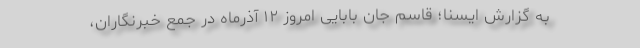
به گزارش ایسنا؛ قاسم جان بابایی امروز ۱۲ آذرماه در جمع خبرنگاران،